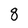
Character: 8